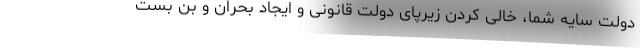
دولت سایه شما، خالی کردن زیرپای دولت قانونی و ایجاد بحران و بن بست